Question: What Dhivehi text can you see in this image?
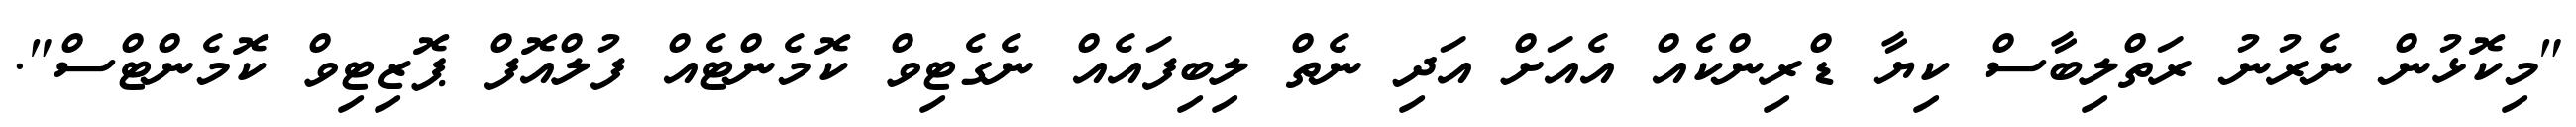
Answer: "މިކޮޅުން ނެރުނު ރަތްލިބާސް ކިޔާ ޑްރިންކެއް އެއަށް އަދި ނެތް ލިބިފައެއް ނެގެޓިވް ކޮމެންޓެއް ފުލްއޮފް ޕޮޒިޓިވް ކޮމެންޓްސް".